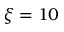
\xi = 1 0